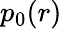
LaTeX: p_{0}(r)